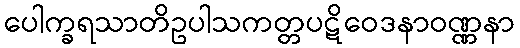
ပေါက္ခရသာတိဥပါသကတ္တပဋိဝေဒနာဝဏ္ဏနာ